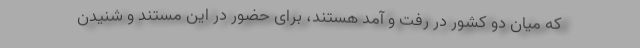
که میان دو کشور در رفت و آمد هستند، برای حضور در این مستند و شنیدن